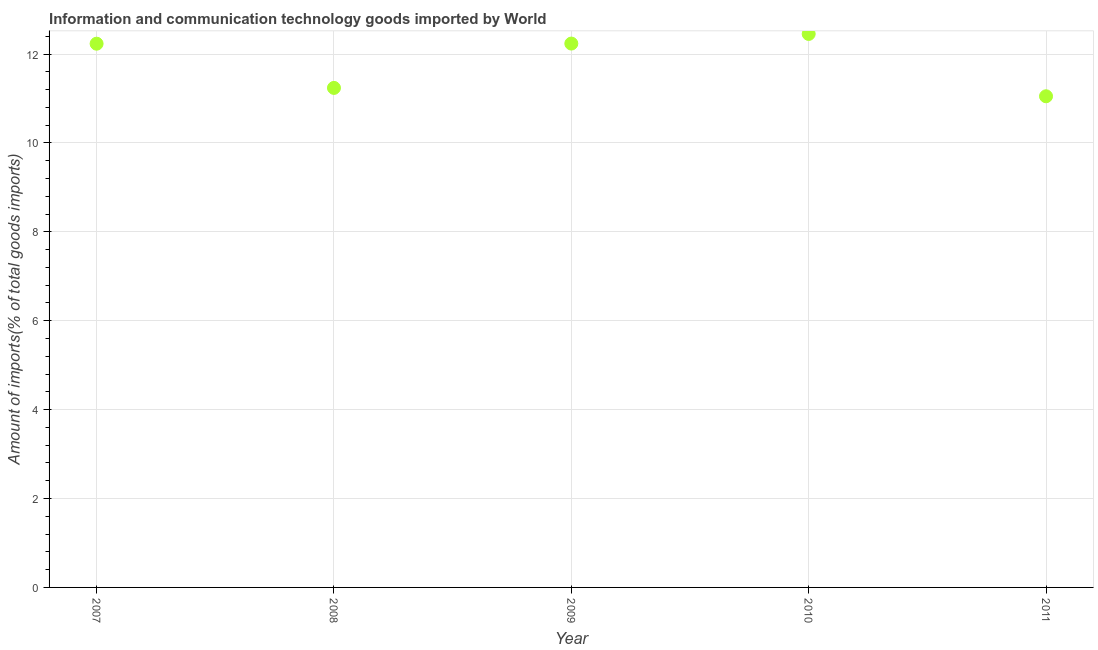
| Year | ICT goods imports |
 | --- | --- |
 | 2007 | 12.2 |
 | 2008 | 11.2 |
 | 2009 | 12.2 |
 | 2010 | 12.5 |
 | 2011 | 11.1 |